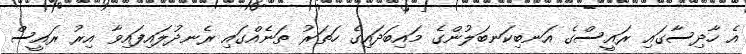
އެ ހާދިސާގައި ރައީސްގެ އަނބިކަނބަލުންގެ މައިބަދައިގެ ހަތަރު ތަނެއްގައި ރެނދުލައިފައިވާ އިރު ރައީސް